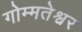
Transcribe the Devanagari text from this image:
गोम्मतेश्वर